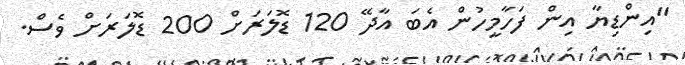
"އިންޑިޔާ އިން ފަހާމީހުން އެބަ އާދޭ 120 ޑޮލަރަށް 200 ޑޮލަރަށް ވެސް.